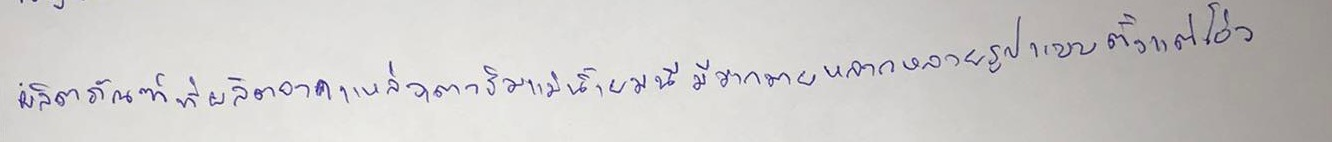
ผลิตภัณฑ์ที่ผลิตจากแหล่งเตาริมแม่น้ำยมนี้มีมากมายหลายรูปแบบตั้งแต่โอ่ง